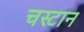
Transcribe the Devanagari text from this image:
चस्टान